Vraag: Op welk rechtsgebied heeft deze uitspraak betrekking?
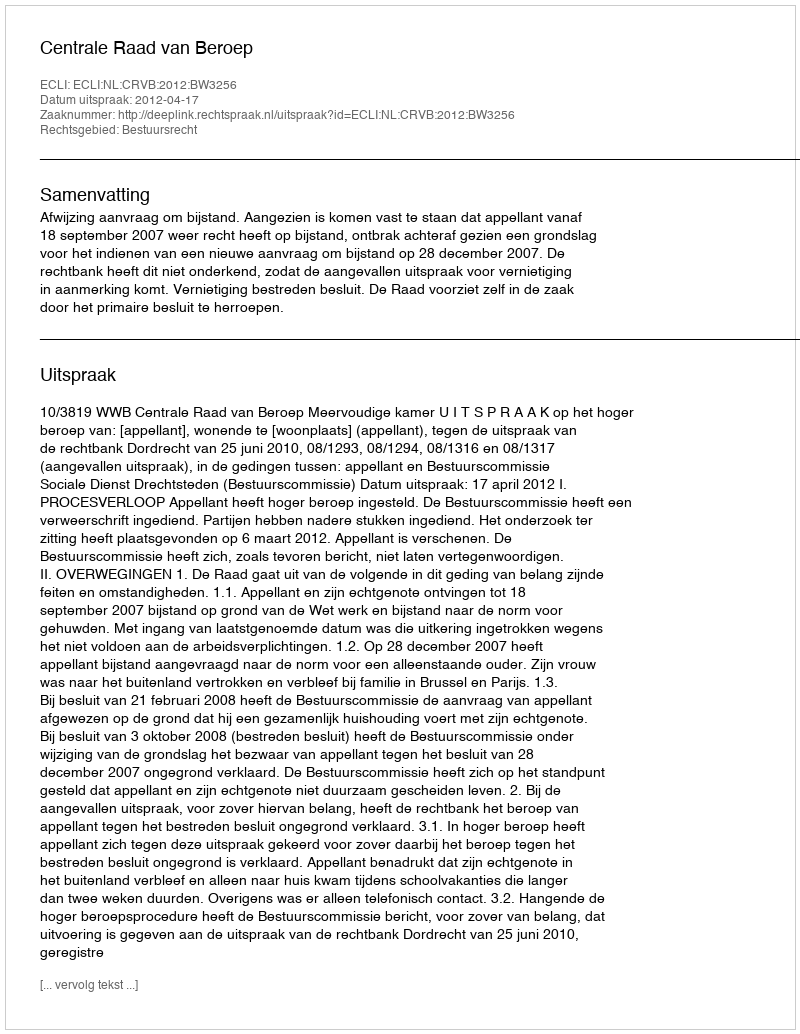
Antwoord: Bestuursrecht